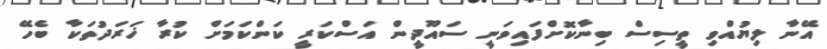
އޭނާ ލިޔުއްވި ތީސިސް ބިނާކޮށްފައިވަނީ ސައޫދީން އަސްކަރީ ކަންކަމަށް ކުރާ ޚަރަދުތަކާ ބެހޭ